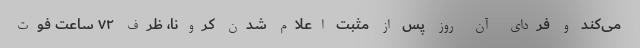
می‌کند و فردای آن روز پس از مثبت اعلام شدن کرونا، ظرف ۷۲ ساعت فوت